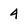
Character: 4